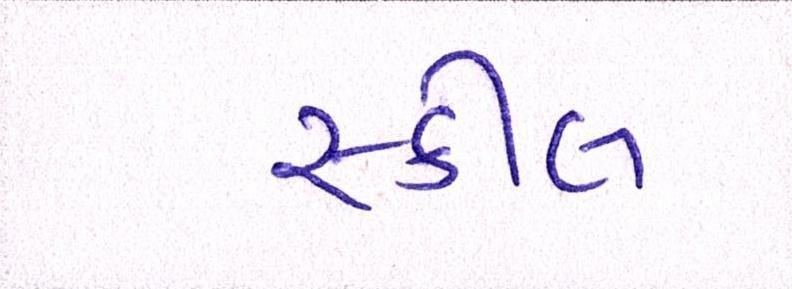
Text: સ્કીલ